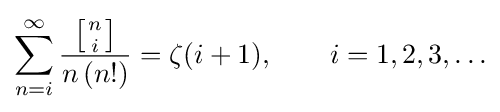
\sum _{n=i}^{\infty }{\frac {\left[{n \atop i}\right]}{n\,(n!)}}=\zeta (i+1),\qquad i=1,2,3,\ldots